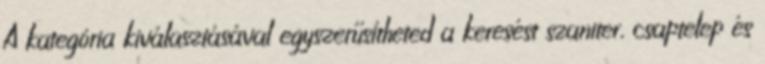
A kategória kiválasztásával egyszerűsítheted a keresést szaniter, csaptelep és